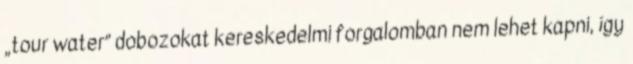
„tour water” dobozokat kereskedelmi forgalomban nem lehet kapni, így